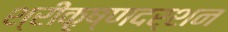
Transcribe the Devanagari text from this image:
श्रीकृष्णदर्शन